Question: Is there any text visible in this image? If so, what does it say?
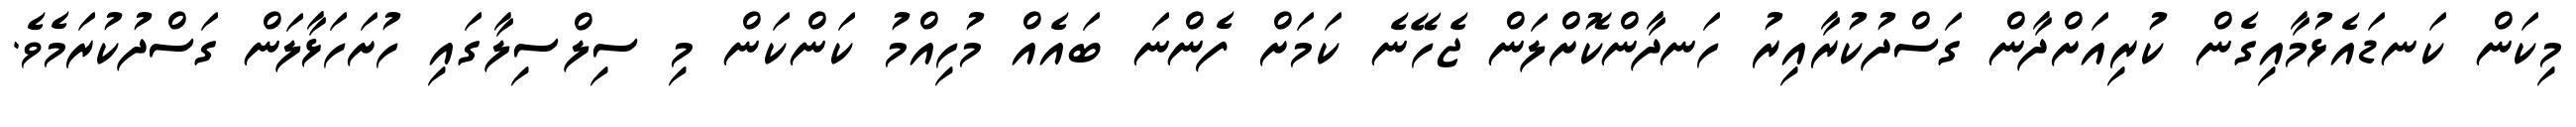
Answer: މިކަން ކަނޑައެޅުމާއިގެން ކުރިއަށްދާން ގަސްދުކުރާއިރު ހަނދާންކޮށްލަން ޖެހޭނެ ކަމަށް ފެންނަ ބައެއް މުހިއްމު ކަންކަން މި ސިލްސިލާގައި ހުށަހަޅާލަން ގަސްދުކުރަމެވެ.